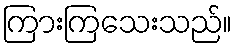
ကြားကြသေးသည်။